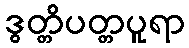
ဒွတ္တိပတ္တပူရာ